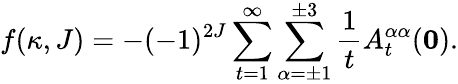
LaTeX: f(\kappa,J)=-(-1)^{2J}\sum_{t=1}^{\infty}\sum_{\alpha=\pm 1}^{\pm 3}\frac{1}{t}A_{t}^{\alpha\alpha}({\mathbf 0}).